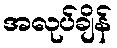
အလုပ်ချိန်